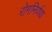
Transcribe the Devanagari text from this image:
रोगनिर्णय